system: You are a helpful assistant.
user:
Analyze the provided spectrum to determine if it is a **White Dwarf (WD)**.

A White Dwarf spectrum is defined by its **extreme purity** (due to gravitational settling) and/or **extreme pressure broadening** (due to high surface gravity). You must check for one of the following mutually exclusive signatures:

- **Key Visual Indicators (Check for ONE of these types):**

    - **1. DA-Type Signature (Most Common):**
        - **(Primary Feature):** Extreme pressure broadening (Stark broadening) of the **Hydrogen (H) Balmer lines**.
        - **(Key Lines):** $H\beta$ (approx. $4861$ Å) and $H\gamma$ (approx. $4340$ Å). $H\alpha$ (approx. $6563$ Å) will also be present if the wavelength range covers it.
        - **(Line Profile):** This is the **defining feature**. The lines are **NOT** sharp. They appear as massive, **extremely broad and deep "troughs" or "dips"** in the spectrum, often hundreds of Ångströms wide. The continuum will appear to "scoop" down at these wavelengths.
        - **(Distinction):** Normal A-type or B-type stars have *narrow* and *sharp* Hydrogen lines. A DA White Dwarf's lines are unmistakably "smeared" or "blurry" from pressure.

    - **2. DB-Type Signature:**
        - **(Primary Feature):** Broad absorption lines from **Neutral Helium (He I)**. The spectrum must lack any visible Hydrogen lines.
        - **(Key Lines):** Look for broad absorption near $4471$ Å, $4921$ Å, and $5876$ Å.
        - **(Line Profile):** These lines are also significantly pressure-broadened, appearing much wider than they would in a normal B-type main-sequence star.

    - **3. DC-Type Signature:**
        - **(Primary Feature):** A **featureless continuous spectrum**.
        - **(Line Profile):** The spectrum is a smooth curve with **no significant absorption or emission lines**.
        - **(Key Confirmation):** The continuum is almost always **blue or white**, indicating a hot object. This signature implies the atmosphere is so pure (or so cool) that no spectral lines are visible in the optical range. Its WD identity is confirmed by its extremely low intrinsic brightness (high absolute magnitude).

    - **4. DZ-Type Signature (Metal-Polluted):**
        - **(Primary Feature):** **Isolated, narrow metal absorption lines** on an otherwise featureless (DC-like) continuum.
        - **(Key Lines):** The **Calcium (Ca II) H & K doublet** (approx. **$3934$ Å** and **$3968$ Å**) is the most common and defining feature.
        - **(Line Profile):** These lines are "out of place." They are *not* part of a "forest" of thousands of lines. This signature is evidence of recent *accretion* (pollution) from rocky debris.
        - **(Distinction):** Normal G/K/M stars have a *dense forest* of thousands of metal lines. A DZ has a *clean* continuum with *only a few* strong metal lines.

    - **5. DQ-Type Signature (Carbon-Polluted):**
        - **(Primary Feature):** Absorption bands from **Carbon (C₂ "Swan Bands" or atomic C I)**.
        - **(Key Lines - C₂):** Look for bandheads with a "saw-tooth" shape near $5635$ Å, **$5165$ Å** (strongest), and $4737$ Å.
        - **(Key Confirmation):** The underlying **continuum must be blue or white** (hot).
        - **(Distinction):** This is the critical difference from a **Carbon Star**, which has the *exact same* C₂ bands but on an extremely **red, cool** continuum.

- **(Overall Spectrum):**
    - The continuum (overall shape) is typically **blue-sloping** (brighter in the blue than the red), as most white dwarfs are very hot.
    - The spectrum will look "pure" or "simple," dominated by only *one* of the five signatures listed above.

Think first, call **spectral_visualization_tool** if needed to examine features in detail, then provide your final answer. Your response must adhere to the following strict rules:
1.  **Overall Structure:** Your response must follow the format `<think>...</think> <tool_call>...</tool_call> (if a tool is used) <answer>...</answer>`.
2.  **Tool Usage Constraint:** You may only make **one** tool call per turn.
3.  **Final Answer Format:** In the `<answer>` tag, your conclusion must be inside a `\boxed{}` command (e.g., `\boxed{YES}` or `\boxed{NO}`), followed by your justification.

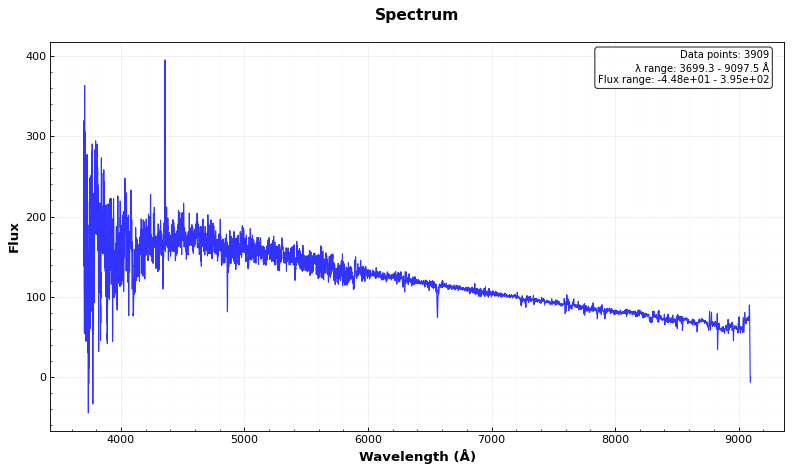
Answer: YES